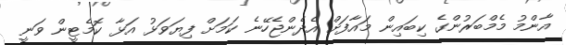
އާންމު މެމްބަރުންގެ ކިބައިން މައާފަށް އެދެންޖެހޭނެ ކަމަށް ފިޔަވަޅު އަޅާ ކޮމެޓީން ވަނީ